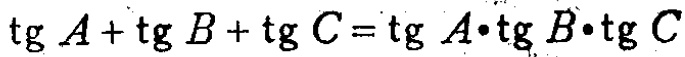
\(\operatorname{tg} A+\operatorname{tg} B+\operatorname{tg} C=\operatorname{tg} A\cdot\operatorname{tg} B\cdot\operatorname{tg} C\)